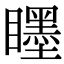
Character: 䁼